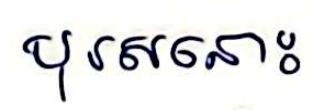
បុរសនោះ